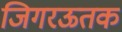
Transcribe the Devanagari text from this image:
जिगरऊतक